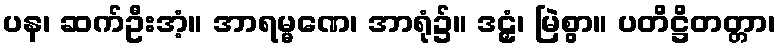
ပန၊ ဆက်ဦးအံ့။ အာရမ္မဏေ၊ အာရုံ၌။ ဒဠှံ၊ မြဲစွာ။ ပတိဋ္ဌိတတ္တာ၊